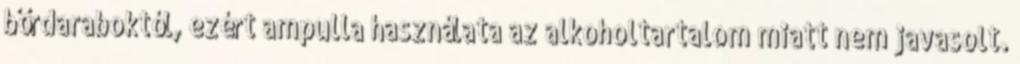
bőrdaraboktól, ezért ampulla használata az alkoholtartalom miatt nem javasolt.